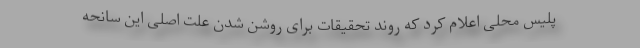
پلیس محلی اعلام کرد که روند تحقیقات برای روشن شدن علت اصلی این سانحه